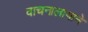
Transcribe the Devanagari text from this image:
वाचनालायाने